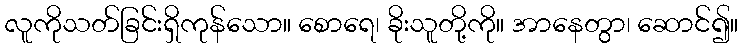
လူကိုသတ်ခြင်းရှိကုန်သော။ စောရေ၊ ခိုးသူတို့ကို။ အာနေတွာ၊ ဆောင်၍။